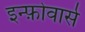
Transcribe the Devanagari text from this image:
इन्फ़ोवार्स